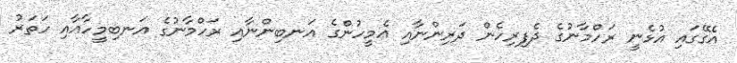
އެގޭގައި އުޅެނީ ރަހްމާނުގެ ދެފިރިހެން ދަރިންނާއި އެމީހުންގެ އަނބިންނާއި ރަހްމާނުގެ އަނބިމީހާއާއި ހަތަރު